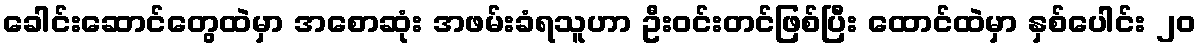
ခေါင်းဆောင်တွေထဲမှာ အစောဆုံး အဖမ်းခံရသူဟာ ဦးဝင်းတင်ဖြစ်ပြီး ထောင်ထဲမှာ နှစ်ပေါင်း ၂၀